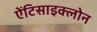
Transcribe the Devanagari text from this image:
ऐंटिसाइक्लोन